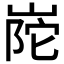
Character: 𭖰